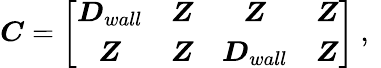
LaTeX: \boldsymbol{C}=\left[\begin{array}{cccc}{\boldsymbol{D}_{wall}}&{\boldsymbol{Z}}&{\boldsymbol{Z}}&{\boldsymbol{Z}}\\ {\boldsymbol{Z}}&{\boldsymbol{Z}}&{\boldsymbol{D}_{wall}}&{\boldsymbol{Z}}\end{array}\right]\mathrm{~,~}